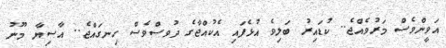
އަވީންވެސް މަރުވެއްޖެ.. ކުޑައިރު ބަލިވެ އުޅެފައި އެކުއްޖާގެ ދުވސްވެސް ހިނގައްޖެ.. އާސިޔާ މޫނު